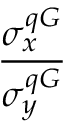
\frac { \sigma _ { x } ^ { q G } } { \sigma _ { y } ^ { q G } }